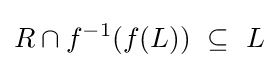
R\cap f^{-1}(f(L))~\subseteq ~L